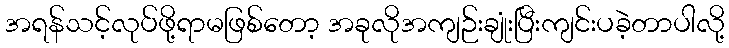
အရန်သင့်လုပ်ဖို့ရာမဖြစ်တော့ အခုလိုအကျဉ်းချုံးပြီးကျင်းပခဲ့တာပါလို့